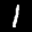
Label: 1